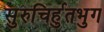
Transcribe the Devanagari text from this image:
सुरुचिर्हुतभुग